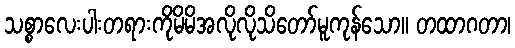
သစ္စာလေးပါးတရားကိုမိမိအလိုလိုသိတော်မူကုန်သော။ တထာဂတာ၊